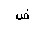
Letter: _dad